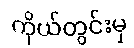
ကိုယ်တွင်းမှ